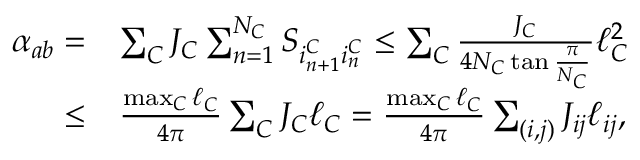
\begin{array} { r l } { \alpha _ { a b } = } & { \sum _ { C } J _ { C } \sum _ { n = 1 } ^ { N _ { C } } S _ { i _ { n + 1 } ^ { C } i _ { n } ^ { C } } \leq \sum _ { C } \frac { J _ { C } } { 4 N _ { C } \tan \frac { \pi } { N _ { C } } } \ell _ { C } ^ { 2 } } \\ { \leq } & { \frac { \operatorname* { m a x } _ { C } \ell _ { C } } { 4 \pi } \sum _ { C } J _ { C } \ell _ { C } = \frac { \operatorname* { m a x } _ { C } \ell _ { C } } { 4 \pi } \sum _ { ( i , j ) } J _ { i j } \ell _ { i j } , } \end{array}